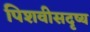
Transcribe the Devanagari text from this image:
पिशवीसदृष्य